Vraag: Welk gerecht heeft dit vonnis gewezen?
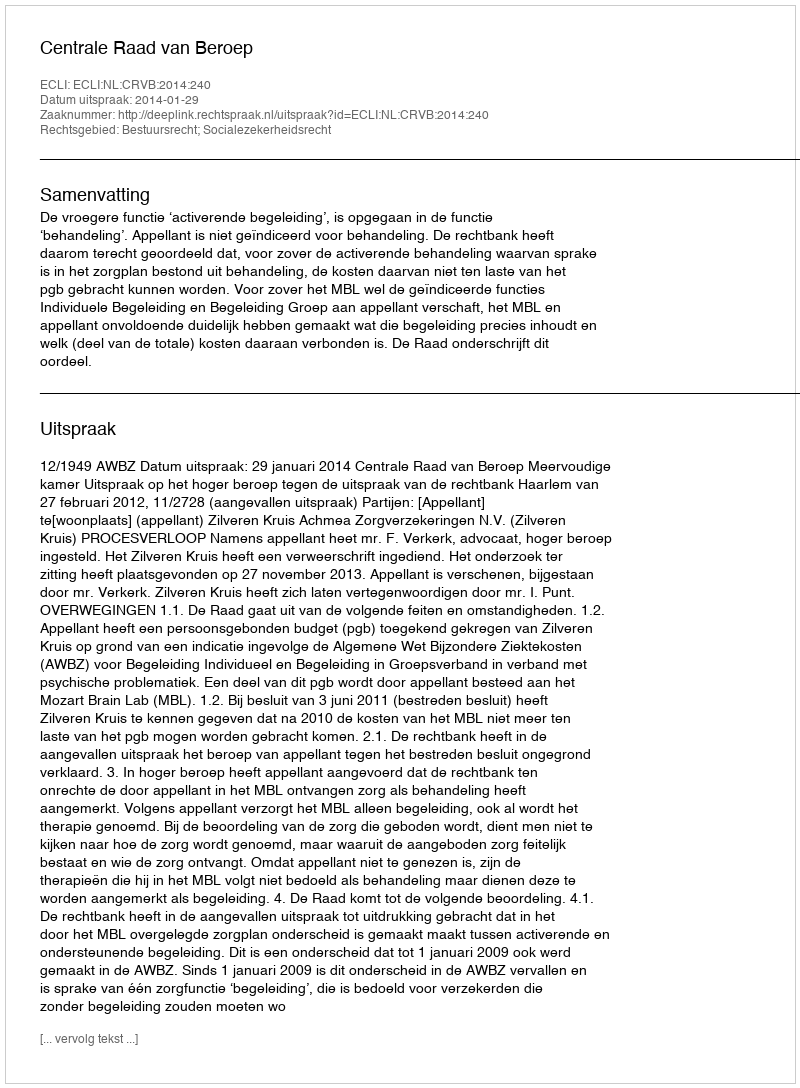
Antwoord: Centrale Raad van Beroep